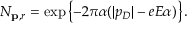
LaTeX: N _ { { \bf p } , r } = \exp \left\{ - 2 \pi \alpha ( | p _ { D } | - e E \alpha ) \right\} .